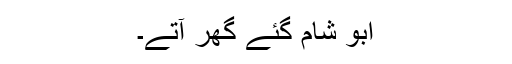
ابو شام گئے گھر آتے۔